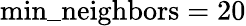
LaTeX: \mathrm{min\_ neighbors}=20